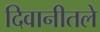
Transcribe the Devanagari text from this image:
दिवानीतले